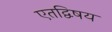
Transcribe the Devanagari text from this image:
एतद्विषय